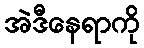
အဲဒီနေရာကို